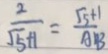
\frac { 2 } { \sqrt { 5 } + 1 } = \frac { \sqrt { 5 } + 1 } { A B }